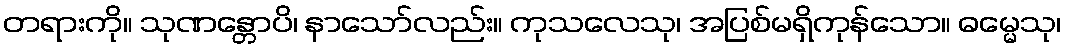
တရားကို။ သုဏန္တောပိ၊ နာသော်လည်း။ ကုသလေသု၊ အပြစ်မရှိကုန်သော။ ဓမ္မေသု၊